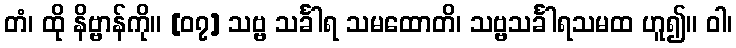
တံ၊ ထို နိဗ္ဗာန်ကို။ [၀၇] သဗ္ဗ သင်္ခါရ သမထောတိ၊ သဗ္ဗသင်္ခါရသမထ ဟူ၍။ ဝါ၊